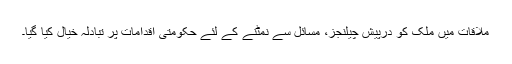
ملاقات میں ملک کو درپیش چیلنجز، مسائل سے نمٹنے کے لئے حکومتی اقدامات پر تبادلہ خیال کیا گیا۔